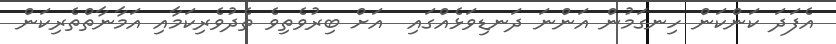
އެފަދަ ކަންކަން ހިނގަމުން އަންނަ ދަނޑިވަޅެއްގައި  އަށް ބިރުވެތިވެ ތެދުވެރިކަމާއި އަމާނާތްތެރިކަން